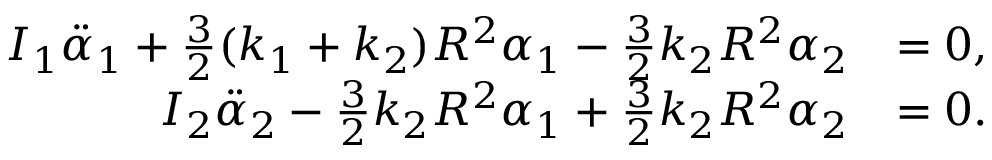
\begin{array} { r l } { I _ { 1 } \ddot { \alpha } _ { 1 } + \frac { 3 } { 2 } ( k _ { 1 } + k _ { 2 } ) R ^ { 2 } \alpha _ { 1 } - \frac { 3 } { 2 } k _ { 2 } R ^ { 2 } \alpha _ { 2 } } & { = 0 , } \\ { I _ { 2 } \ddot { \alpha } _ { 2 } - \frac { 3 } { 2 } k _ { 2 } R ^ { 2 } \alpha _ { 1 } + \frac { 3 } { 2 } k _ { 2 } R ^ { 2 } \alpha _ { 2 } } & { = 0 . } \end{array}